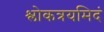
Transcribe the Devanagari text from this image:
श्लोकत्रयमिदं